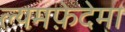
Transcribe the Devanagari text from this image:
ल्यमफ़ेदेमा